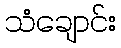
သံချောင်း